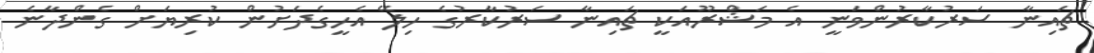
ޗައިނާ ސަރުކާރުންވަނީ އެ މަޝްރޫއަކީ ޗައިނާ ސަރުކާރުގެ ހިލޭ އެހީގެދަށުން ކުރިޔަށް ގެންދާނެ